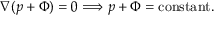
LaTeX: \nabla ( p + \Phi ) = 0 \Longrightarrow p + \Phi = { \mathrm { c o n s t a n t } } .